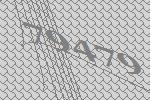
79479